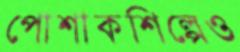
পোশাকশিল্পেও